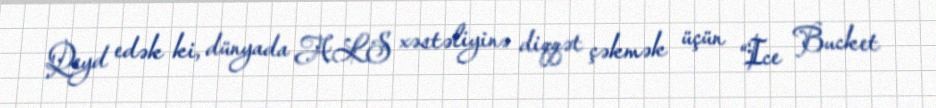
Qeyd edək ki, dünyada ALS xəstəliyinə diqqət çəkmək üçün “Ice Bucket